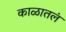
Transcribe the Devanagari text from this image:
काळातलं